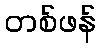
တစ်ဖန်